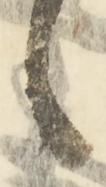
之